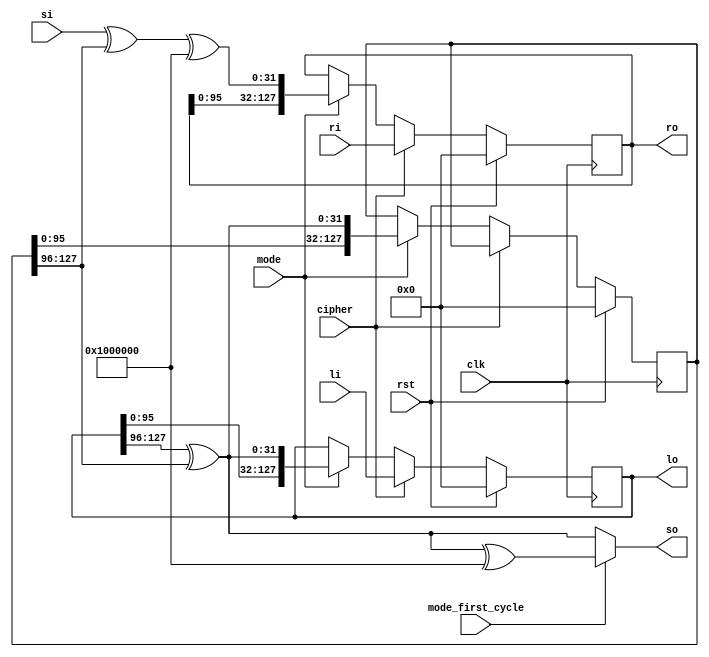
module hash_feedfwd (/*AUTOARG*/
		     // Outputs
		     so, lo, ro,
		     // Inputs
		     li, ri, si, clk, rst, mode, mode_first_cycle, cipher
		     ) ;
   output [31:0]  so;
   output [127:0] lo, ro;
   input [127:0]  li, ri;
   input [31:0]   si;
   input 	  clk, rst, mode, mode_first_cycle, cipher;
   
   reg [127:0] 	  l, r, t;

   assign ro = r;
   assign lo = l;
   
   assign so = mode_first_cycle ? 
	       l[127:96] ^ t[127:96] ^ {8'h01,24'h0} : 
	       l[127:96] ^ t[127:96];

   always @ (posedge clk) begin
      if (rst) begin	 
	 l <= 128'h0;	  
	 r <= 128'h0;
	 t <= 128'h0;	 
      end
      else if (cipher) begin
	 l <= li;
	 r <= ri;	 
      end
      else if (mode) begin
	 r <= {r[95:0], 
		 si ^ t[127:96] ^ {8'h01,24'h0}};
	   l <= {l[95:0], 
		 l[127:96] ^ t[127:96]};
	   t <= {t[95:0], 
		 l[127:96] ^ t[127:96]};
	end
      else begin
	 r <= r;
	 l <= l;
	 t <= t;	 
      end
   end
   
   
   
endmodule // hash_feedfwd